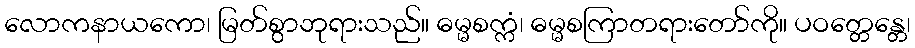
လောကနာယကော၊ မြတ်စွာဘုရားသည်။ ဓမ္မစက္ကံ၊ ဓမ္မစကြာတရားတော်ကို။ ပဝတ္တေန္တေ၊